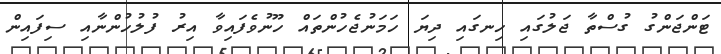
ޓަންޖަންގު ގުސްތާ ޖަލުގައި ހިނގައި ދިޔަ ހަމަނުޖެހުންތައް ހޫނުވެފައިވާ އިރު ފުލުހުންނާއި ސިފައިން